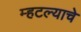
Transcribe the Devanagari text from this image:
म्हटल्याचे